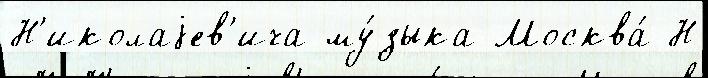
Н'иколаjев'ича му́зыка Москва́ Н